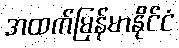
အထက်မြန်မာနိုင်ငံ